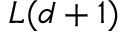
L ( d + 1 )